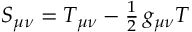
S _ { \mu \nu } = T _ { \mu \nu } - { \textstyle { \frac { 1 } { 2 } } } \, g _ { \mu \nu } T